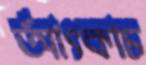
আঁৎকাচ